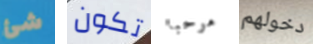
شئ تكون مرحبا دخولهم